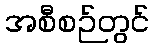
အစီစဉ်တွင်